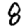
Digit: 8